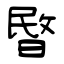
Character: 暋